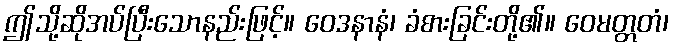
ဤသို့ဆိုအပ်ပြီးသောနည်းဖြင့်။ ဝေဒနာနံ၊ ခံစားခြင်းတို့၏။ ဝေမတ္တတံ၊